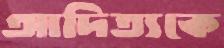
আদিত্যকে